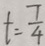
t = \frac { 7 } { 4 }